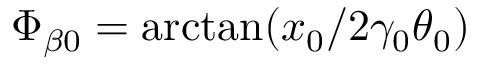
\Phi _ { \beta 0 } = \arctan ( x _ { 0 } / 2 \gamma _ { 0 } \theta _ { 0 } )